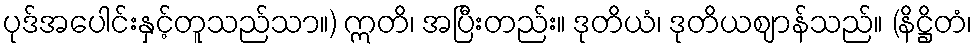
ပုဒ်အပေါင်းနှင့်တူသည်သာ။) ဣတိ၊ အပြီးတည်း။ ဒုတိယံ၊ ဒုတိယဈာန်သည်။ (နိဋ္ဌိတံ၊